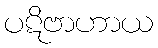
ပဋိဗာဟာယ